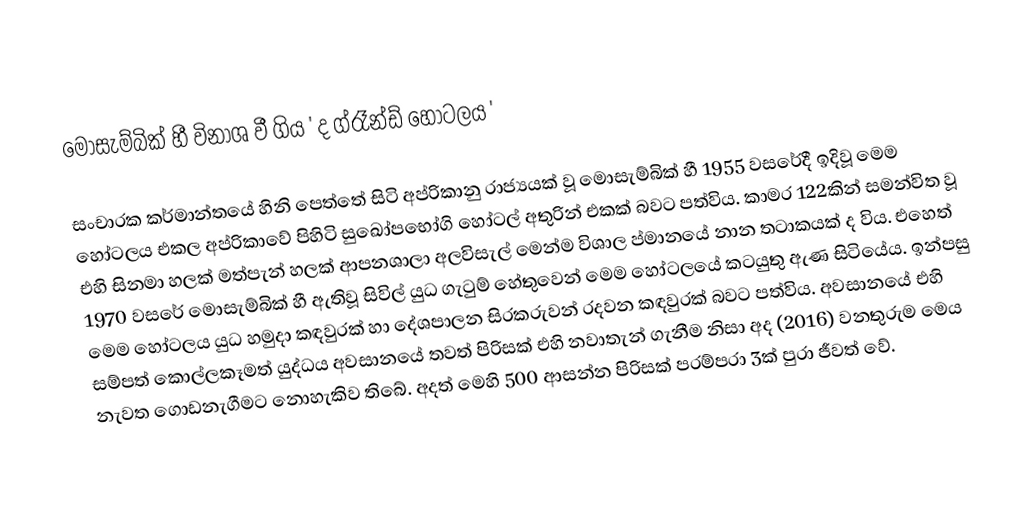
මොසැම්බික් හී විනාශ වී ගිය  ' ද ග්රෑන්ඩ් හෝටලය '

 සංචාරක කර්මාන්තයේ හිනි පෙත්තේ සිටි අප්රිකානු රාජ්‍යයක් වූ මොසැම්බික් හී 1955 වසරේදී ඉදිවූ මෙම හෝටලය එකල අප්රිකාවේ පිහිටි සුඛෝපභෝගි හෝටල් අතුරින් එකක් බවට පත්විය. කාමර 122කින් සමන්විත වූ එහි සිනමා හලක් මත්පැන් හලක් ආපනශාලා අලවිසැල් මෙන්ම විශාල ප්‍මානයේ නාන තටාකයක් ද විය. එහෙත් 1970 වසරේ මොසැම්බික් හී ඇතිවූ සිවිල් යුධ ගැටුම් හේතුවෙන් මෙම හෝටලයේ කටයුතු ඇණ සිටියේය. ඉන්පසු මෙම හෝටලය යුධ හමුදා කඳවුරක් හා දේශපාලන සිරකරුවන් රදවන කඳවුරක්  බවට පත්විය. අවසානයේ එහි සම්පත් කොල්ලකෑමත් යුද්ධය අවසානයේ තවත් පිරිසක් එහි නවාතැන් ගැනීම නිසා අද (2016) වනතුරුම මෙය නැවත ගොඩනැගීමට නොහැකිව තිබේ. අදත් මෙහි 500 ආසන්න පිරිසක් පරම්පරා 3ක් පුරා ජීවත් වේ.